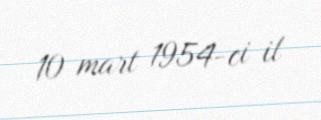
10 mart 1954-ci il